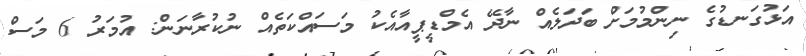
އަޅުގަނޑުގެ ނިންމުމަށް ބަދަލެއް ނާދޭ އެމްޑީޕީއާއެކު މަސައްކަތެއް ނުކުރާނަން: އުމަރު 6 މަސް